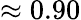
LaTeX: \approx 0.90